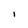
Character: i